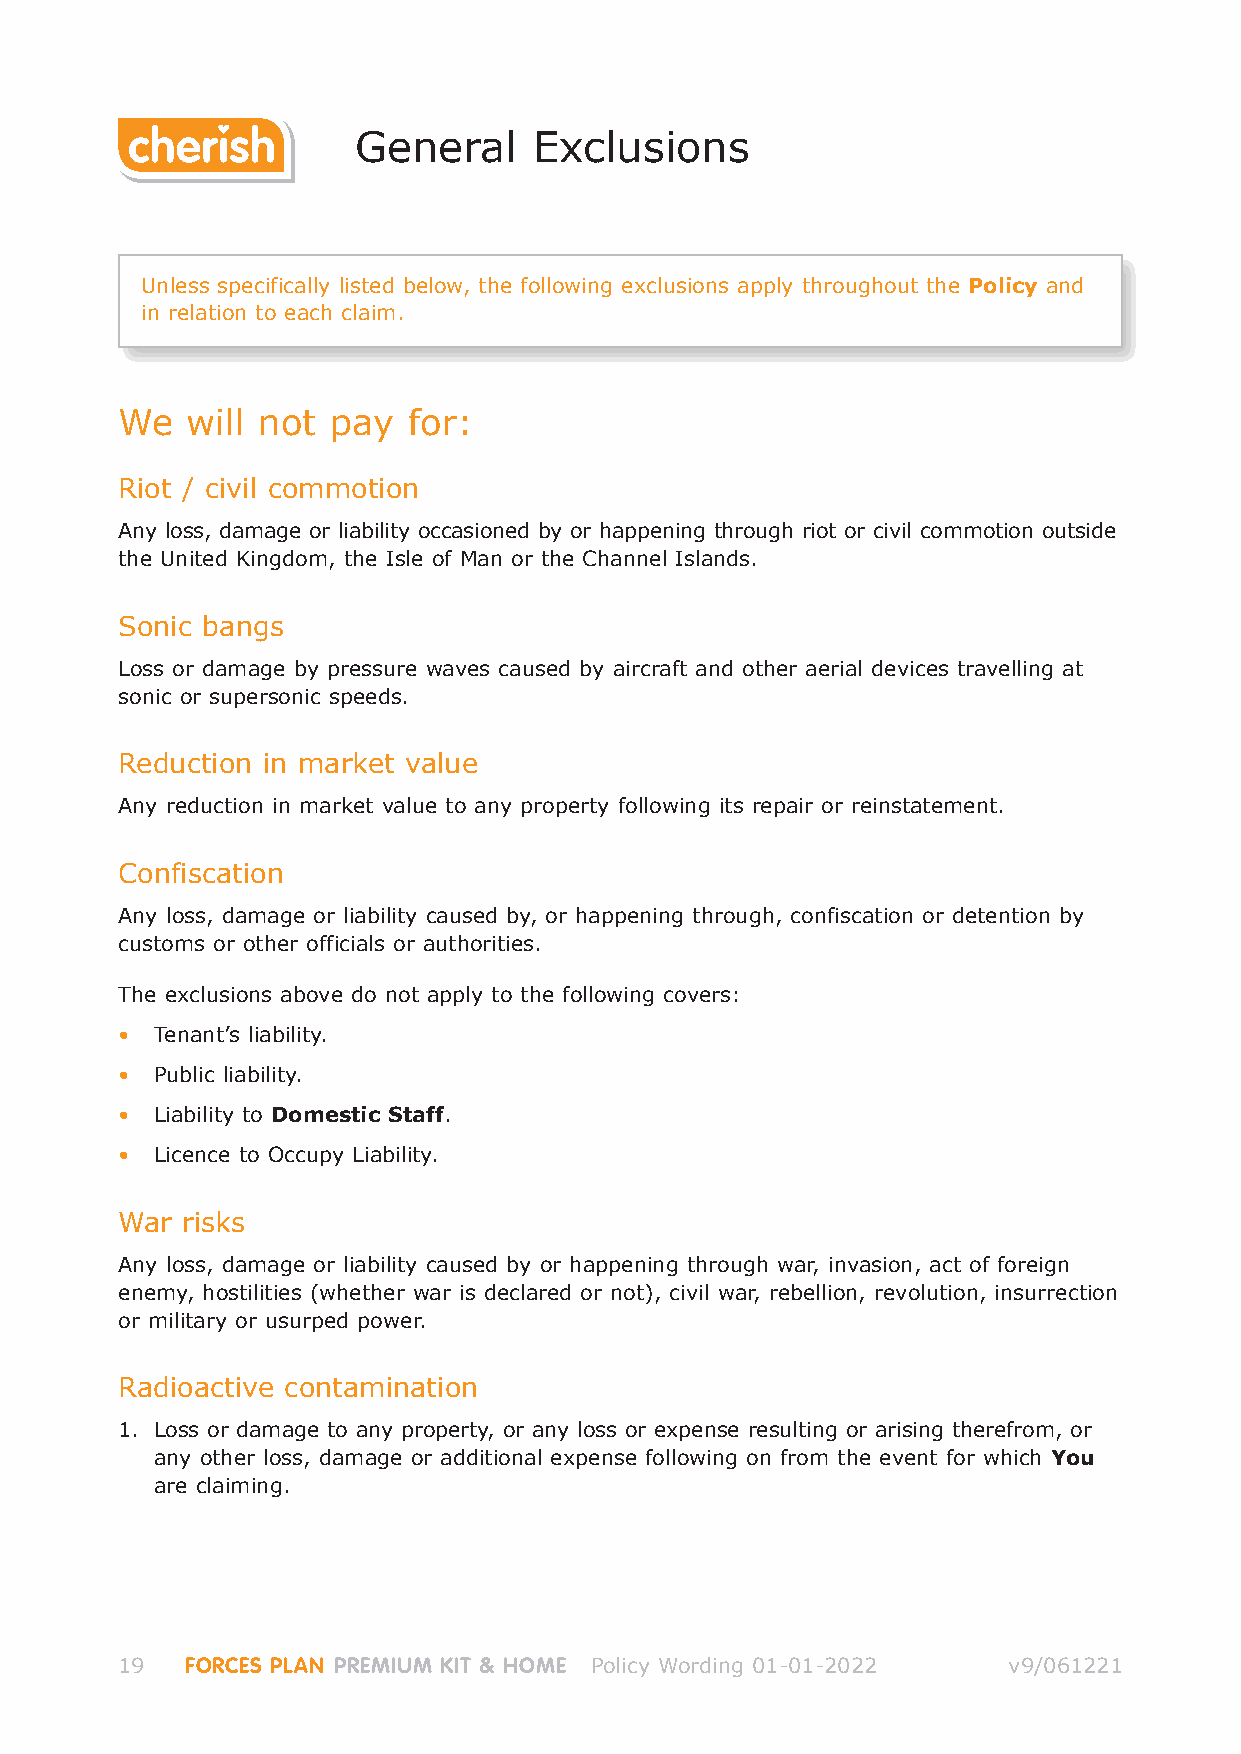
General     Exclusions
 Unless specifically listed below, the following exclusions apply throughout the Policy and
 in relation to each claim.
 We  will not  pay  for:
 Riot / civil commotion
 Any loss, damage or liability occasioned by or happening through riot or civil commotion outside
 the United Kingdom, the Isle of Man or the Channel Islands.
 Sonic bangs
 Loss or damage by pressure waves caused by aircraft and other aerial devices travelling at
 sonic or supersonic speeds.
 Reduction in market value
 Any reduction in market value to any property following its repair or reinstatement.
 Confiscation
 Any loss, damage or liability caused by, or happening through, confiscation or detention by
 customs or other officials or authorities.
 The exclusions above do not apply to the following covers:
 • Tenant’s liability.
 • Public liability.
 • Liability to Domestic Staff.
 • Licence to Occupy Liability.
 War risks
 Any loss, damage or liability caused by or happening through war, invasion, act of foreign
 enemy, hostilities (whether war is declared or not), civil war, rebellion, revolution, insurrection
 or military or usurped power.
 Radioactive contamination
 1. Loss or damage to any property, or any loss or expense resulting or arising therefrom, or
 any other loss, damage or additional expense following on from the event for which You
 are claiming.
 19  FORCES PLAN PREMIUM KIT & HOME Policy Wording 01-01-2022 v9/061221